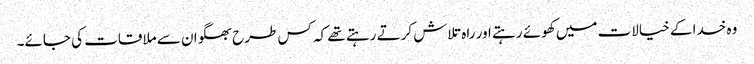
وہ خدا کے خیالات میں کھوئے رہتے اور راہ تلاش کرتے رہتے تھے کہ کس طرح بھگوان سے ملاقات کی جائے۔